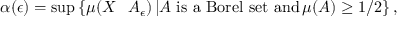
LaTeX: \alpha ( \epsilon ) = \operatorname* { s u p } \left\{ \mu ( X \setminus A _ { \epsilon } ) \, | A { \mathrm { ~ i s ~ a ~ B o r e l ~ s e t ~ a n d } } \, \mu ( A ) \geq 1 / 2 \right\} ,